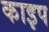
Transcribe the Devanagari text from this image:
काइप